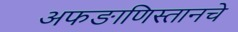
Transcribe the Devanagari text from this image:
अफङाणिस्तानचे